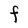
Character: F